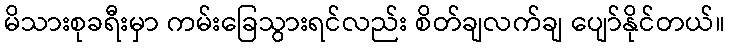
မိသားစုခရီးမှာ ကမ်းခြေသွားရင်လည်း စိတ်ချလက်ချ ပျော်နိုင်တယ်။